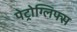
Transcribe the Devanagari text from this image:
पेट्रोग्लिफ्स